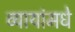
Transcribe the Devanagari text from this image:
व्यायांमधे